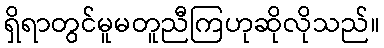
ရှိရာတွင်မူမတူညီကြဟုဆိုလိုသည်။